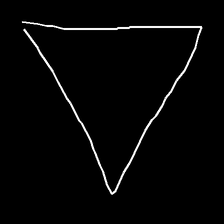
Glyph: convergence